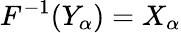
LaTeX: F^{-1}(Y_{\alpha})=X_{\alpha}